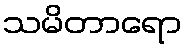
သမိတာရော